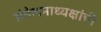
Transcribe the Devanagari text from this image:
संमेलनाध्यक्षांची